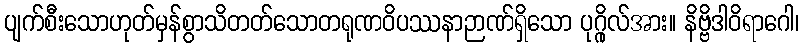
ပျက်စီးသောဟုတ်မှန်စွာသိတတ်သောတရုဏဝိပဿနာဉာဏ်ရှိသော ပုဂ္ဂိုလ်အား။ နိဗ္ဗိဒါဝိရာဂေါ၊